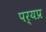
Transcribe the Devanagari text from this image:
पर्यप्र